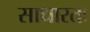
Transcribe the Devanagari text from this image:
साधारतः